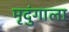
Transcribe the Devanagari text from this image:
मृदुंगाला